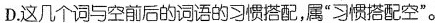
D.这几个词与空前后的词语的习惯搭配，属”习惯搭配空”。